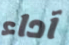
آداء